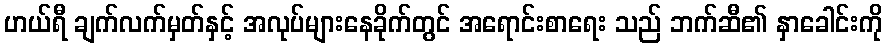
ဟယ်ရီ ချက်လက်မှတ်နှင့် အလုပ်များနေခိုက်တွင် အရောင်းစာရေး သည် ဘက်ဆီ၏ နှာခေါင်းကို